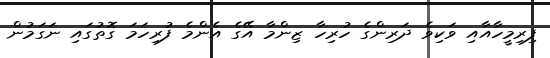
ފިރިމީހާއާއި ވަކިވެ ދަރިންގެ ހުރިހާ ޒިންމާ އޭގެ އެންމެ ފުރިހަމަ ގޮތުގައި ނަގަމުން